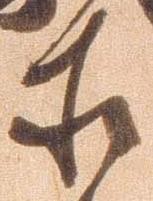
等